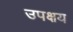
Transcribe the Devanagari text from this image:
उपक्षय